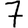
Digit: 7